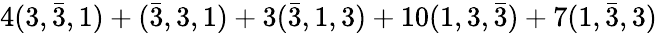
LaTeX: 4(3,\bar{3},1)+(\bar{3},3,1)+3(\bar{3},1,3)+10(1,3,\bar{3})+7(1,\bar{3},3)